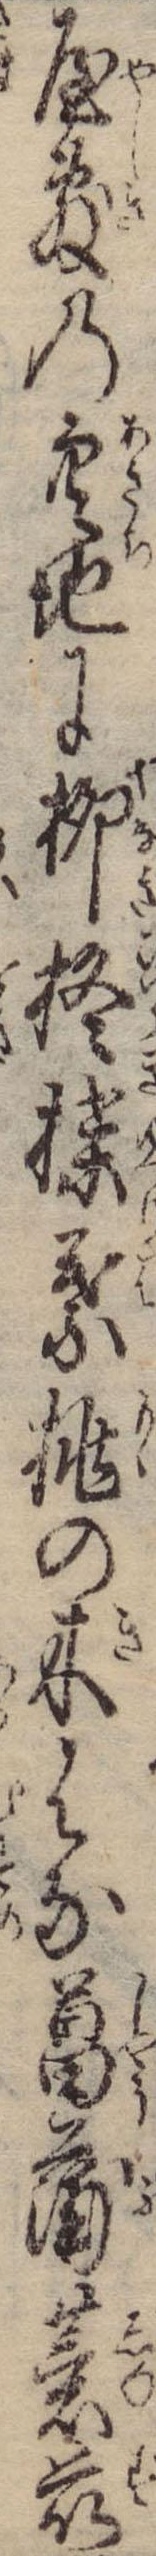
屋敷の空地に柳柊楪葉桃の木はな菖蒲薏苡